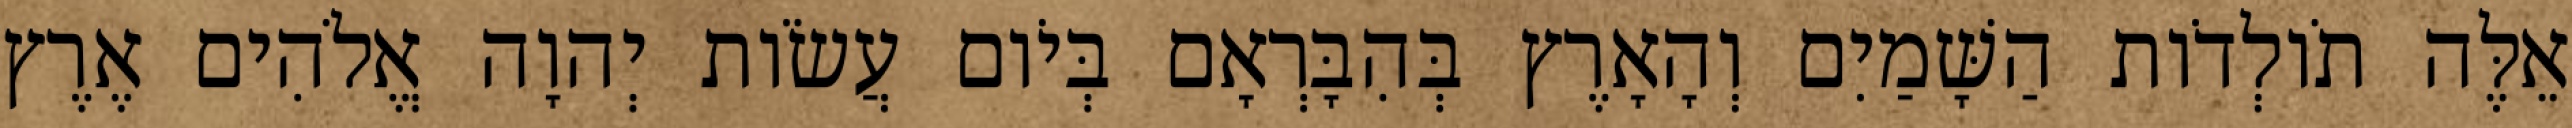
אֵלֶּה תֹולְדֹות הַשָּׁמַיִם וְהָאָרֶץ בְּהִבָּרְאָם בְּיֹום עֲשֹׂות יְהוָה אֱלֹהִים אֶרֶץ